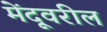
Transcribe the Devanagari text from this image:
मेंदूवरील